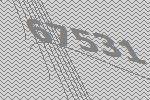
67531